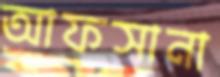
আফসানা